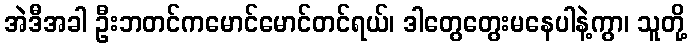
အဲဒီအခါ ဦးဘတင်ကမောင်မောင်တင်ရယ်၊ ဒါတွေတွေးမနေပါနဲ့ကွာ၊ သူတို့